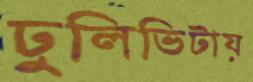
ঢুলিভিটায়